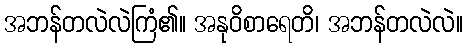
အဘန်တလဲလဲကြံ၏။ အနုဝိစာရေတိ၊ အဘန်တလဲလဲ။